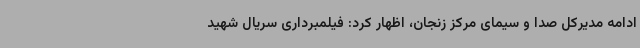
ادامه مدیرکل صدا و سیمای مرکز زنجان، اظهار کرد: فیلمبرداری سریال شهید